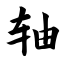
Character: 轴